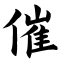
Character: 催